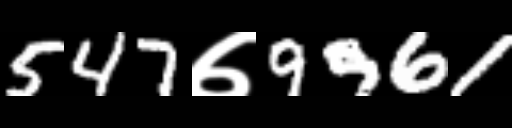
Text: 547७9961